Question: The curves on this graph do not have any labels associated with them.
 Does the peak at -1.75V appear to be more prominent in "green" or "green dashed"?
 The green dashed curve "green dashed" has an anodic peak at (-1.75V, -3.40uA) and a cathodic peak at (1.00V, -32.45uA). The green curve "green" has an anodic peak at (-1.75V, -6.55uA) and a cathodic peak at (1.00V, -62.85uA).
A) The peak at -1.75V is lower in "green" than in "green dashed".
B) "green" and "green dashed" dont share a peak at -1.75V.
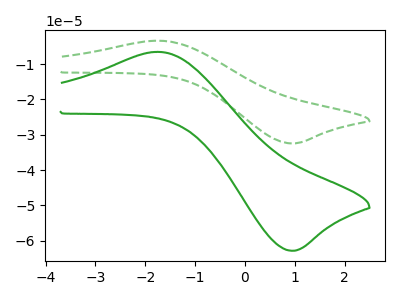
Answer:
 <answer>A) The peak at -1.75V is lower in "green" than in "green dashed".</answer>
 <eval>A</eval>